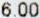
6.00